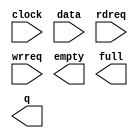
// megafunction wizard: %FIFO%VBB%
// GENERATION: STANDARD
// VERSION: WM1.0
// MODULE: scfifo 

// ============================================================
// Megafunction Name(s):
// 			scfifo
//
// Simulation Library Files(s):
// 			altera_mf
// ============================================================
// ************************************************************
// THIS IS A WIZARD-GENERATED FILE. DO NOT EDIT THIS FILE!
//
// 9.1 Build 222 10/21/2009 SJ Full Version
// ************************************************************

//Copyright (C) 1991-2009 Altera Corporation
//Your use of Altera Corporation's design tools, logic functions 
//and other software and tools, and its AMPP partner logic 
//functions, and any output files from any of the foregoing 
//(including device programming or simulation files), and any 
//associated documentation or information are expressly subject 
//to the terms and conditions of the Altera Program License 
//Subscription Agreement, Altera MegaCore Function License 
//Agreement, or other applicable license agreement, including, 
//without limitation, that your use is for the sole purpose of 
//programming logic devices manufactured by Altera and sold by 
//Altera or its authorized distributors.  Please refer to the 
//applicable agreement for further details.

module fifotimer (
	clock,
	data,
	rdreq,
	wrreq,
	empty,
	full,
	q);

	input	  clock;
	input	[30:0]  data;
	input	  rdreq;
	input	  wrreq;
	output	  empty;
	output	  full;
	output	[30:0]  q;

endmodule

// ============================================================
// CNX file retrieval info
// ============================================================
// Retrieval info: PRIVATE: AlmostEmpty NUMERIC "0"
// Retrieval info: PRIVATE: AlmostEmptyThr NUMERIC "-1"
// Retrieval info: PRIVATE: AlmostFull NUMERIC "0"
// Retrieval info: PRIVATE: AlmostFullThr NUMERIC "-1"
// Retrieval info: PRIVATE: CLOCKS_ARE_SYNCHRONIZED NUMERIC "1"
// Retrieval info: PRIVATE: Clock NUMERIC "0"
// Retrieval info: PRIVATE: Depth NUMERIC "1024"
// Retrieval info: PRIVATE: Empty NUMERIC "1"
// Retrieval info: PRIVATE: Full NUMERIC "1"
// Retrieval info: PRIVATE: INTENDED_DEVICE_FAMILY STRING "Cyclone II"
// Retrieval info: PRIVATE: LE_BasedFIFO NUMERIC "0"
// Retrieval info: PRIVATE: LegacyRREQ NUMERIC "1"
// Retrieval info: PRIVATE: MAX_DEPTH_BY_9 NUMERIC "0"
// Retrieval info: PRIVATE: OVERFLOW_CHECKING NUMERIC "0"
// Retrieval info: PRIVATE: Optimize NUMERIC "2"
// Retrieval info: PRIVATE: RAM_BLOCK_TYPE NUMERIC "2"
// Retrieval info: PRIVATE: SYNTH_WRAPPER_GEN_POSTFIX STRING "0"
// Retrieval info: PRIVATE: UNDERFLOW_CHECKING NUMERIC "0"
// Retrieval info: PRIVATE: UsedW NUMERIC "0"
// Retrieval info: PRIVATE: Width NUMERIC "31"
// Retrieval info: PRIVATE: dc_aclr NUMERIC "0"
// Retrieval info: PRIVATE: diff_widths NUMERIC "0"
// Retrieval info: PRIVATE: msb_usedw NUMERIC "0"
// Retrieval info: PRIVATE: output_width NUMERIC "31"
// Retrieval info: PRIVATE: rsEmpty NUMERIC "1"
// Retrieval info: PRIVATE: rsFull NUMERIC "0"
// Retrieval info: PRIVATE: rsUsedW NUMERIC "0"
// Retrieval info: PRIVATE: sc_aclr NUMERIC "0"
// Retrieval info: PRIVATE: sc_sclr NUMERIC "0"
// Retrieval info: PRIVATE: wsEmpty NUMERIC "0"
// Retrieval info: PRIVATE: wsFull NUMERIC "1"
// Retrieval info: PRIVATE: wsUsedW NUMERIC "0"
// Retrieval info: CONSTANT: ADD_RAM_OUTPUT_REGISTER STRING "OFF"
// Retrieval info: CONSTANT: INTENDED_DEVICE_FAMILY STRING "Cyclone II"
// Retrieval info: CONSTANT: LPM_HINT STRING "RAM_BLOCK_TYPE=M4K"
// Retrieval info: CONSTANT: LPM_NUMWORDS NUMERIC "1024"
// Retrieval info: CONSTANT: LPM_SHOWAHEAD STRING "OFF"
// Retrieval info: CONSTANT: LPM_TYPE STRING "scfifo"
// Retrieval info: CONSTANT: LPM_WIDTH NUMERIC "31"
// Retrieval info: CONSTANT: LPM_WIDTHU NUMERIC "10"
// Retrieval info: CONSTANT: OVERFLOW_CHECKING STRING "ON"
// Retrieval info: CONSTANT: UNDERFLOW_CHECKING STRING "ON"
// Retrieval info: CONSTANT: USE_EAB STRING "ON"
// Retrieval info: USED_PORT: clock 0 0 0 0 INPUT NODEFVAL clock
// Retrieval info: USED_PORT: data 0 0 31 0 INPUT NODEFVAL data[30..0]
// Retrieval info: USED_PORT: empty 0 0 0 0 OUTPUT NODEFVAL empty
// Retrieval info: USED_PORT: full 0 0 0 0 OUTPUT NODEFVAL full
// Retrieval info: USED_PORT: q 0 0 31 0 OUTPUT NODEFVAL q[30..0]
// Retrieval info: USED_PORT: rdreq 0 0 0 0 INPUT NODEFVAL rdreq
// Retrieval info: USED_PORT: wrreq 0 0 0 0 INPUT NODEFVAL wrreq
// Retrieval info: CONNECT: @data 0 0 31 0 data 0 0 31 0
// Retrieval info: CONNECT: q 0 0 31 0 @q 0 0 31 0
// Retrieval info: CONNECT: @wrreq 0 0 0 0 wrreq 0 0 0 0
// Retrieval info: CONNECT: @rdreq 0 0 0 0 rdreq 0 0 0 0
// Retrieval info: CONNECT: @clock 0 0 0 0 clock 0 0 0 0
// Retrieval info: CONNECT: full 0 0 0 0 @full 0 0 0 0
// Retrieval info: CONNECT: empty 0 0 0 0 @empty 0 0 0 0
// Retrieval info: LIBRARY: altera_mf altera_mf.altera_mf_components.all
// Retrieval info: GEN_FILE: TYPE_NORMAL fifotimer.v TRUE
// Retrieval info: GEN_FILE: TYPE_NORMAL fifotimer.inc FALSE
// Retrieval info: GEN_FILE: TYPE_NORMAL fifotimer.cmp FALSE
// Retrieval info: GEN_FILE: TYPE_NORMAL fifotimer.bsf TRUE FALSE
// Retrieval info: GEN_FILE: TYPE_NORMAL fifotimer_inst.v TRUE
// Retrieval info: GEN_FILE: TYPE_NORMAL fifotimer_bb.v TRUE
// Retrieval info: GEN_FILE: TYPE_NORMAL fifotimer_waveforms.html TRUE
// Retrieval info: GEN_FILE: TYPE_NORMAL fifotimer_wave*.jpg FALSE
// Retrieval info: LIB_FILE: altera_mf